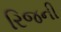
રિજની